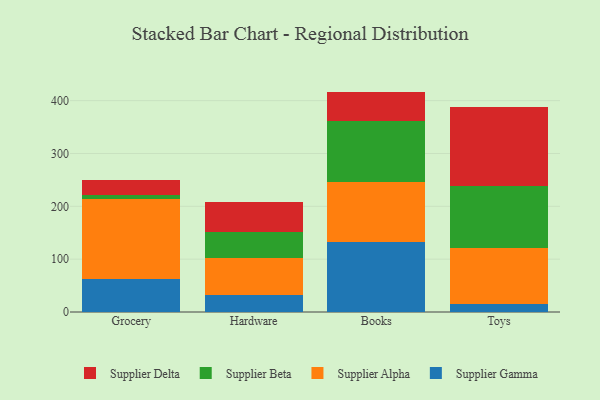
{"axis": {"x": "Category", "y": "Latency (ms)"}, "legend": ["Supplier Alpha", "Supplier Beta", "Supplier Delta", "Supplier Gamma"], "data": [{"x": "Grocery", "y": 63.3, "type": "Supplier Gamma"}, {"x": "Grocery", "y": 150.0, "type": "Supplier Alpha"}, {"x": "Grocery", "y": 7.6, "type": "Supplier Beta"}, {"x": "Grocery", "y": 29.0, "type": "Supplier Delta"}, {"x": "Hardware", "y": 31.9, "type": "Supplier Gamma"}, {"x": "Hardware", "y": 69.9, "type": "Supplier Alpha"}, {"x": "Hardware", "y": 48.8, "type": "Supplier Beta"}, {"x": "Hardware", "y": 57.3, "type": "Supplier Delta"}, {"x": "Books", "y": 133.1, "type": "Supplier Gamma"}, {"x": "Books", "y": 113.8, "type": "Supplier Alpha"}, {"x": "Books", "y": 113.9, "type": "Supplier Beta"}, {"x": "Books", "y": 56.3, "type": "Supplier Delta"}, {"x": "Toys", "y": 15.8, "type": "Supplier Gamma"}, {"x": "Toys", "y": 104.9, "type": "Supplier Alpha"}, {"x": "Toys", "y": 117.2, "type": "Supplier Beta"}, {"x": "Toys", "y": 150.7, "type": "Supplier Delta"}]}